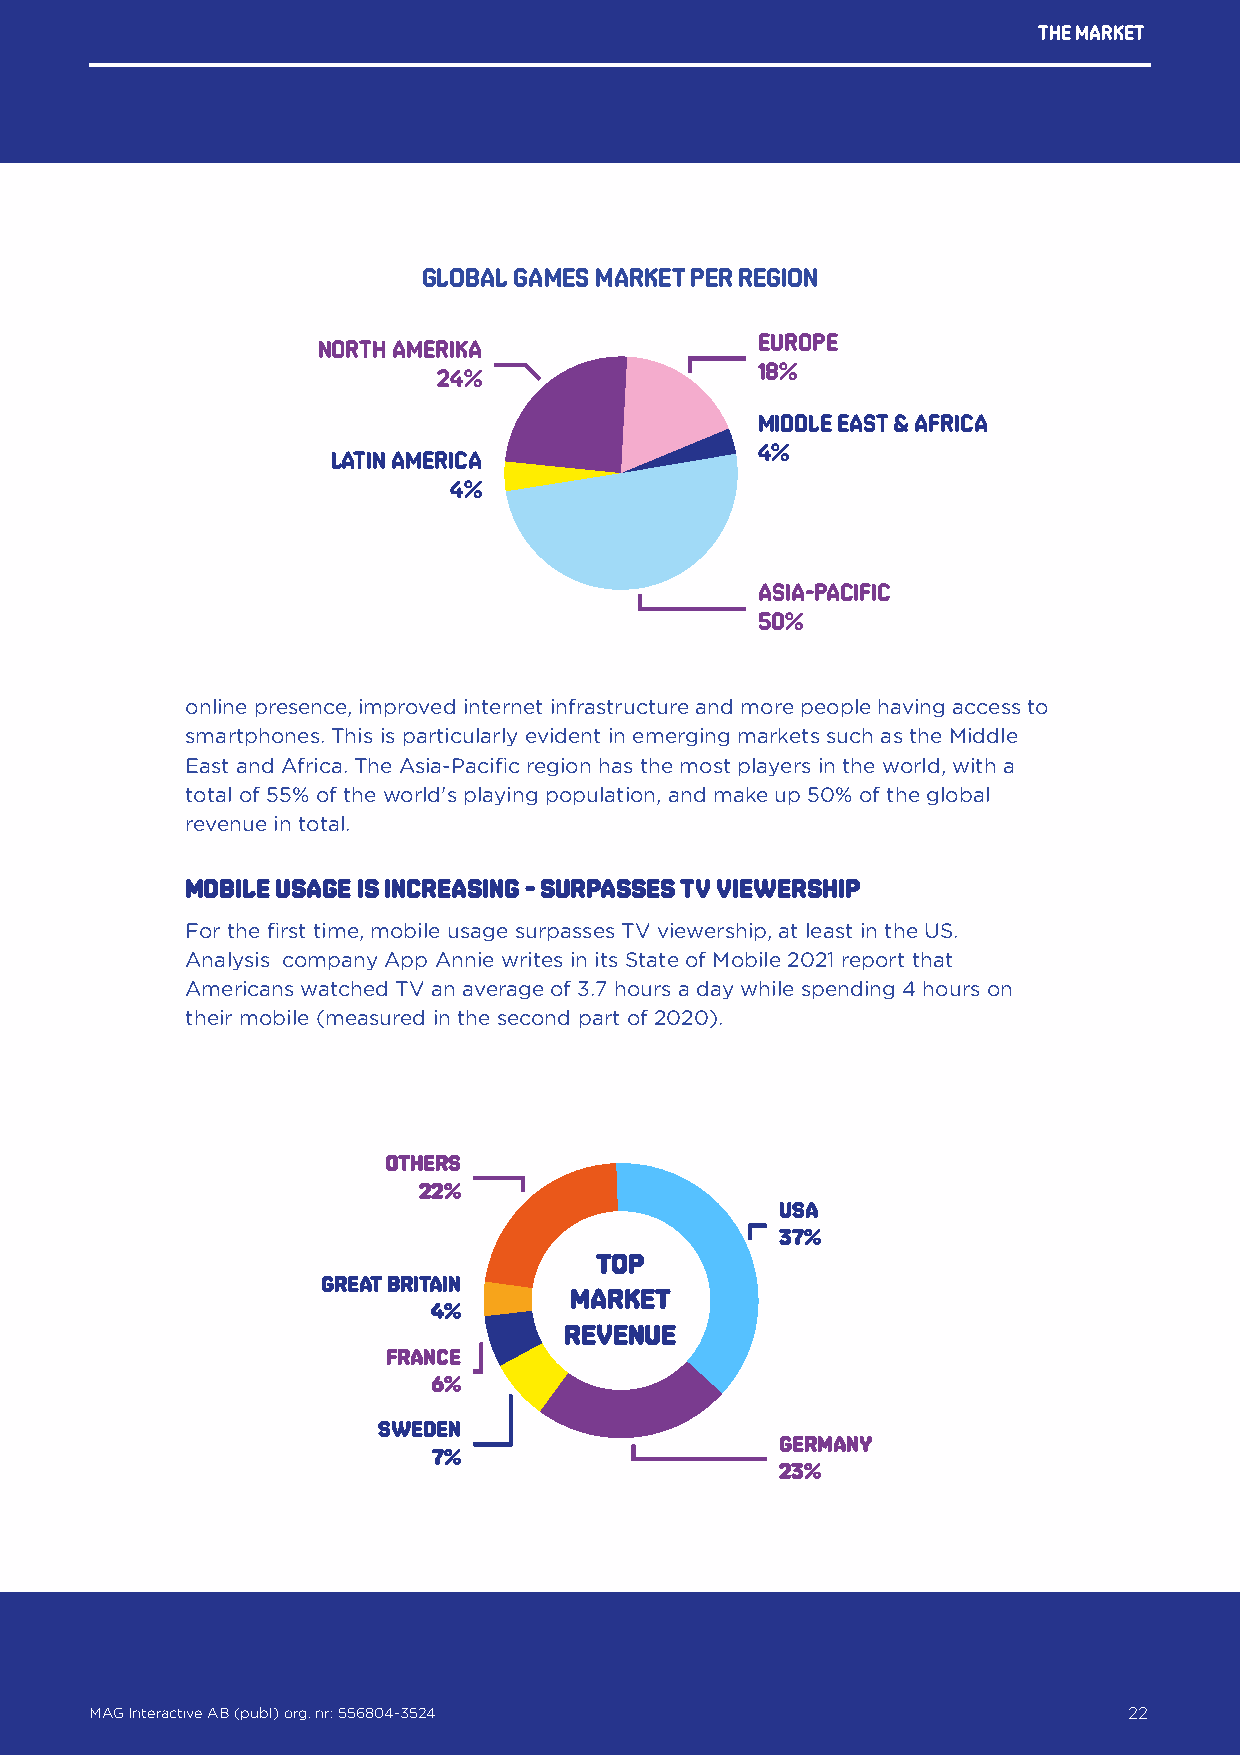
The market
 GLOBAL GAMES MARKET PER REGION
 Europe
 North Amerika
 18%
 24%
 Middle East & Africa
 4%
 Latin America
 4%
 Asia-Pacific
 50%
 online presence, improved internet infrastructure and more people having access to
 smartphones. This is particularly evident in emerging markets such as the Middle
 East and Africa. The Asia-Pacific region has the most players in the world, with a
 total of 55% of the world's playing population, and make up 50% of the global
 revenue in total.
 Mobile usage is increasing - surpasses TV viewership
 For the first time, mobile usage surpasses TV viewership, at least in the US.
 Analysis company App Annie writes in its State of Mobile 2021 report that
 Americans watched TV an average of 3.7 hours a day while spending 4 hours on
 their mobile (measured in the second part of 2020).
 OTHERS
 22%
 USA
 37%
 TOP
 GREAT BRITAIN
 MARKET
 4%
 REVENUE
 FRANCE
 6%
 SWEDEN
 GERMANY
 7%
 23%
 MAG Interactive AB (publ) org. nr: 556804-3524                   22
 MAG Interactive AB (publ) org. nr: 556804-3524                       22